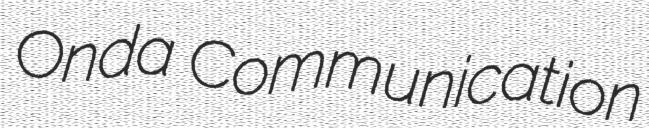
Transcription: Onda Communication